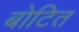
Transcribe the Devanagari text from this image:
बोटित